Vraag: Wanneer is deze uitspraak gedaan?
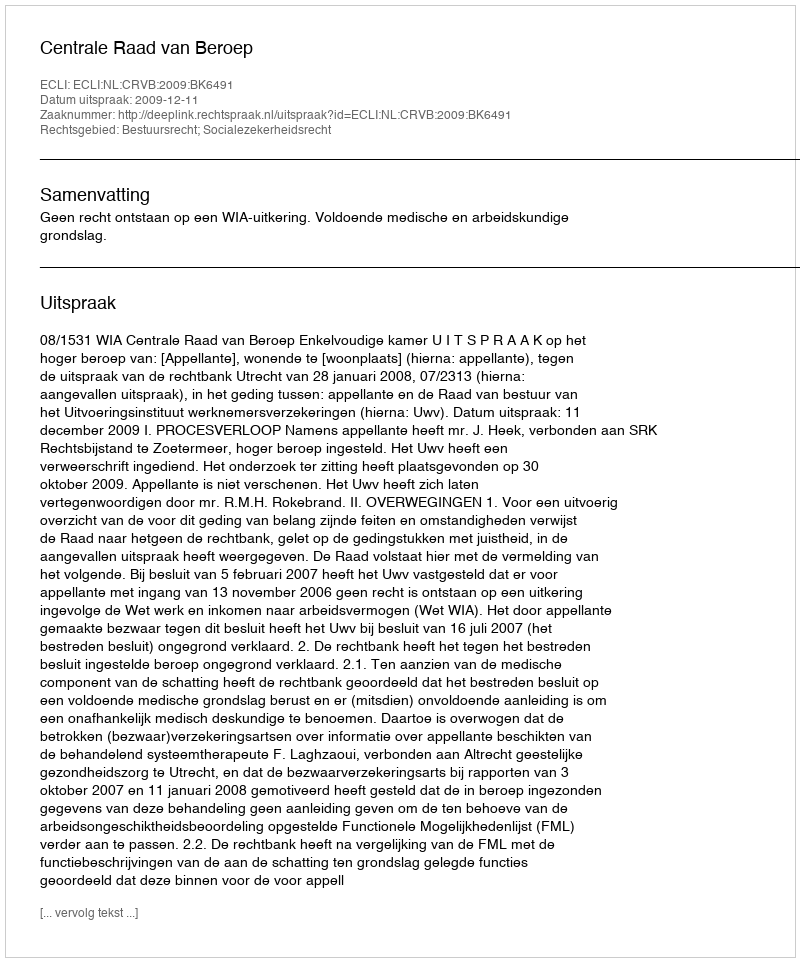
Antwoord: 2009-12-11